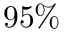
9 5 \%